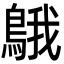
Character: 䳘